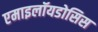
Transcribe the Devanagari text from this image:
एमाइलॉयडोसिस